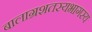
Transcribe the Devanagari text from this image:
बालाग्रशतस्यभागस्य